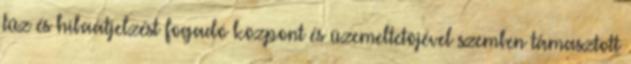
tûz és hibaátjelzést fogadó központ és üzemeltetõjével szemben támasztott